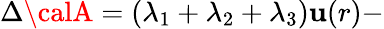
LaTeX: \Delta{\calA}=\left(\lambda_{1}+\lambda_{2}+\lambda_{3}\right)\mathbf{u}(r)-